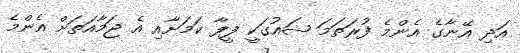
އަދި އޭނާގެ އެންމެ ފުރަތަމަ ޝައުގަކީ ފީފާ ކަމަށާއި އެ ޖަމާއަތަށް އެންމެ